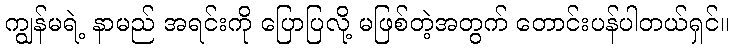
ကျွန်မရဲ့ နာမည် အရင်းကို ပြောပြလို့ မဖြစ်တဲ့အတွက် တောင်းပန်ပါတယ်ရှင်။